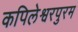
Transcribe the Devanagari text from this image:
कपिलेश्वरपुरम